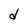
Character: d